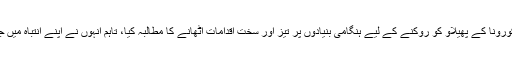
انہوں نے خطے کے ممالک سے کورونا کے پھیلاو کو روکنے کے لیے ہنگامی بنیادوں پر تیز اور سخت اقدامات اٹھانے کا مطالبہ کیا، تاہم انہوں نے اپنے انتباہ میں جنوبی ایشیائی ممالک کا نام نہیں لیا۔